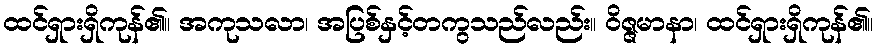
ထင်ရှားရှိကုန်၏။ အကုသလာ၊ အပြစ်နှင့်တကွသည်လည်း။ ဝိဇ္ဇမာနာ၊ ထင်ရှားရှိကုန်၏။